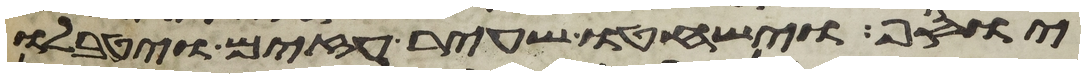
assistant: יוסף וישחטו שעיר עזים ויטבלו